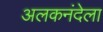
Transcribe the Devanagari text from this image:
अलकनंदेला